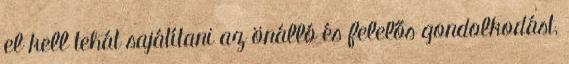
el kell tehát sajátítani az önálló és felelős gondolkodást,